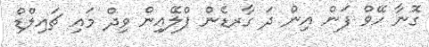
ގޮނާ ހޭވް ފަން އިން ދަ ގާރޑެން ޕްލޭއިން ވިދް މައި ޗައިލްޑް